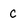
Character: c